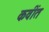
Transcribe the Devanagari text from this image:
कवींत